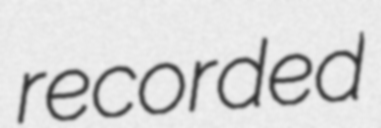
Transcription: recorded